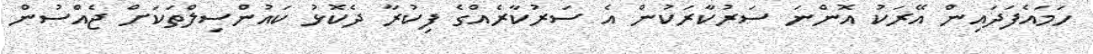
ހަމައެފަދައިން އޭރަކު އޮންނަ ސަރުކާރަކުން އެ ސަރުކާރެއްގެ ފިކުރާ ދެކޮޅު ކައުންސިލްތަކަށް ޖެއްސުން